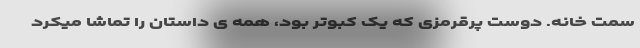
سمت خانه. دوست پرقرمزی که یک کبوتر بود، همه ی داستان را تماشا میکرد